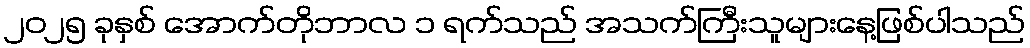
၂၀၂၅ ခုနှစ် အောက်တိုဘာလ ၁ ရက်သည် အသက်ကြီးသူများနေ့ဖြစ်ပါသည်